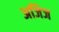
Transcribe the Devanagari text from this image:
अजिज